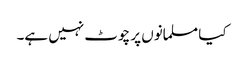
کیا مسلمانوں پر چوٹ نہیں ہے۔